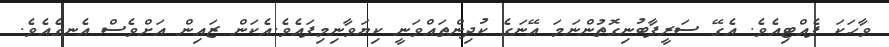
ވާހަކަ ފެއްޓިއެވެ. އެގޭ ސަރީފާބުނިގޮތުންނަމަ އޭނަގެ ކުދިންތައްވަނީ ކިޔަވާނިމިފައެވެ.އެކަން ޒައިން އަށްވެސް އެނގެއެވެ.